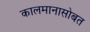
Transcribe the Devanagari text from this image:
कालमानासोबत